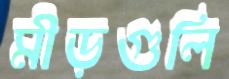
মীড়গুলি